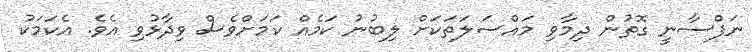
ނަފްސާނީ ގޮތުން ދިމާވި މައްސަލަތަކަށް ލިބުނު ކަމެއް ކަމަށްވެސް ވިދާޅުވި އެވެ. އެކަމަކު